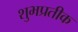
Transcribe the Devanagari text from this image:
शुभप्रतीक